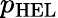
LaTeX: p_{\mathrm{{HEL}}}